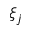
\xi _ { j }